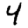
Digit: 4